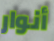
أنوار